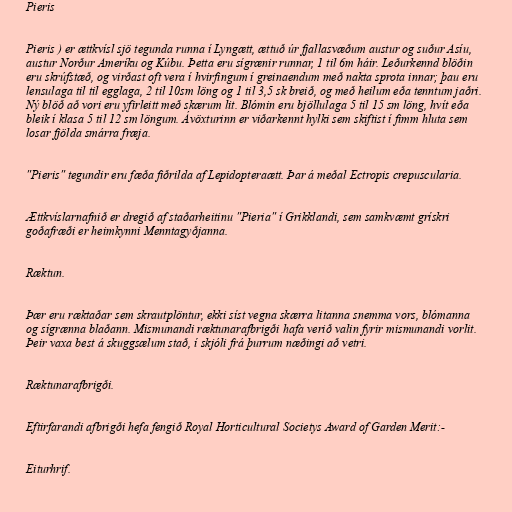
Pieris

Pieris ) er ættkvísl sjö tegunda runna í Lyngætt, ættuð úr fjallasvæðum austur og suður Asíu,
austur Norður Ameríku og Kúbu. Þetta eru sígrænir runnar, 1 til 6m háir. Leðurkennd blöðin
eru skrúfstæð, og virðast oft vera í hvirfingum í greinaendum með nakta sprota innar; þau eru
lensulaga til til egglaga, 2 til 10sm löng og 1 til 3,5 sk breið, og með heilum eða tenntum jaðri.
Ný blöð að vori eru yfirleitt með skærum lit. Blómin eru bjöllulaga 5 til 15 sm löng, hvít eða
bleik í klasa 5 til 12 sm löngum. Ávöxturinn er viðarkennt hylki sem skiftist í fimm hluta sem
losar fjölda smárra fræja.

"Pieris" tegundir eru fæða fiðrilda af Lepidopteraætt. Þar á meðal Ectropis crepuscularia.

Ættkvíslarnafnið er dregið af staðarheitinu "Pieria" í Grikklandi, sem samkvæmt grískri
goðafræði er heimkynni Menntagyðjanna.

Ræktun.

Þær eru ræktaðar sem skrautplöntur, ekki síst vegna skærra litanna snemma vors, blómanna
og sígrænna blaðann. Mismunandi ræktunarafbrigði hafa verið valin fyrir mismunandi vorlit.
Þeir vaxa best á skuggsælum stað, í skjóli frá þurrum næðingi að vetri.

Ræktunarafbrigði.

Eftirfarandi afbrigði hefa fengið Royal Horticultural Societys Award of Garden Merit:-

Eiturhrif.